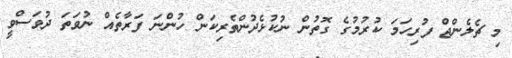
މި ޗެލެންޖް ފުރިހަމަ ކުރުމުގެ ގޮތުން ނުކުޅެދުންތެރިކަން ހުންނަ ފަރާތެއް ނުވަތަ ދުވަސްވީ